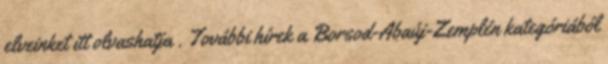
elveinket itt olvashatja . További hírek a Borsod-Abaúj-Zemplén kategóriából